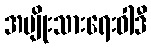
အမျိုးသားရေးဝါဒီ